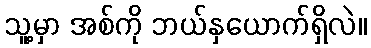
သူ့မှာ အစ်ကို ဘယ်နှယောက်ရှိလဲ။